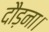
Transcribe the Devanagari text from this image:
दौड़ना।